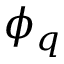
\phi _ { q }